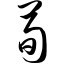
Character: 荀